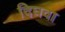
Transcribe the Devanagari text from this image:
दिघवा